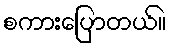
စကားပြောတယ်။